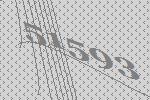
51593